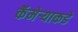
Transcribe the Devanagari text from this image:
कॅमेर्‍याकडे